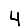
Digit: 4